Medical and sanitary report on the native army of Bombay for the year
Year: 1877
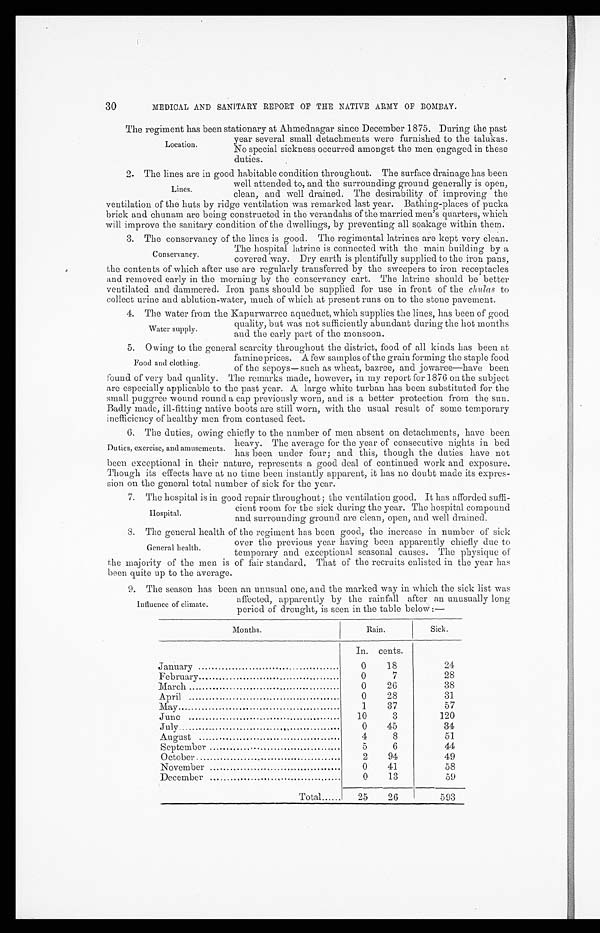
30
MEDICAL AND SANITARY REPORT OF THE NATIVE ARMY OF BOMBAY.
The regiment has been stationary at Ahmednagar since December 1875. During the past
year several small detachments were furnished to the talukas.
No special sickness occurred amongst the men engaged in these
duties.
2. The lines are in good habitable condition throughout. The surface drainage has been
well attended to, and the surrounding ground generally is open,
clean, and well drained. The desirability of improving the
ventilation of the huts by ridge ventilation was remarked last year. Bathing-places of pucka
brick and chunam are being constructed in the verandahs of the married men's quarters, which
will improve the sanitary condition of the dwellings, by preventing all soakage within them.
3. The conservancy of the lines is good. The regimental latrines are kept very clean.
The hospital latrine is connected with the main building by a
covered way. Dry earth is plentifully supplied to the iron pans,
the contents of which after use are regularly transferred by the sweepers to iron receptacles
and removed early in the morning by the conservancy cart. The latrine should be better
ventilated and dammered. Iron pans should be supplied for use in front of the chulas to
collect urine and ablution-water, much of which at present runs on to the stone pavement.
4. The water from the Kapurwarree aqueduct, which supplies the lines, has been of good
quality, but was not sufficiently abundant during the hot months
and the early part of the monsoon.
5. Owing to the general scarcity throughout the district, food of all kinds has been at
famine prices. A few samples of the grain forming the staple food
of the sepoys—such as wheat, bazree, and jowaree—have been
found of very bad quality. The remarks made, however, in my report for 1876 on the subject
are especially applicable to the past year. A large white turban has been substituted for the
small puggree wound round a cap previously worn, and is a better protection from the sun.
Badly made, ill-fitting native boots are still worn, with the usual result of some temporary
inefficiency of healthy men from contused feet.
6, The duties, owing chiefly to the number of men absent on detachments, have been
heavy. The average for the year of consecutive nights in bed
has been under four; and this, though the duties have not
been exceptional in their nature, represents a good deal of continued work and exposure.
Though its effects have at no time been instantly apparent, it has no doubt made its expres-
sion on. the general total number of sick for the year.
7. The hospital is in good repair throughout; the ventilation good. It has afforded suffi-
cient room for the sick during the year. The hospital compound
and surrounding ground are clean, open, and well drained.
8. The general health of the regiment has been good, the increase in number of sick
over the previous year having been apparently chiefly due to
temporary and exceptional seasonal causes. The physique of
the majority of the men is of fair standard. That of the recruits enlisted in the year has
been quite up to the average.
9. The season has been an unusual one, and the marked way in which the sick list was
affected, apparently by the rainfall after an unusually long
period of drought, is seen in the table below:—
Months.
Rain.
Sick.
In. cents.
January
0
18
24
February
0
7
28
March
0
26
38
April
0
28
31
May
1
37
57
June
10
3
120
July
. ,
0
45
34
August
4
8
51
September
5
6
44
October
2
94
49
November
0
41
58
December
0
13
59
Total
25
26
593
Location.
Lines.
Conservancy.
Water sunnly.
Food and clothing.
Duties, exercise, and amusements
H o s p i t a l .
General health.
Influence of climate.